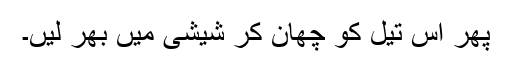
پھر اس تیل کو چھان کر شیشی میں بھر لیں۔